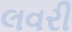
લવરી